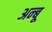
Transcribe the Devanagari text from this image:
अन्बू